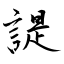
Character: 諟